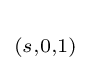
_{(s,0,1)}